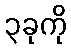
၃ခုကို